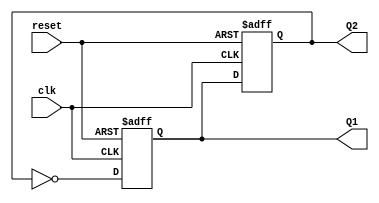
module dual_stage_johnson_counter (
    input wire clk,          // Clock input
    input wire reset,        // Asynchronous reset input
    output reg Q1,          // Output of the first flip-flop
    output reg Q2           // Output of the second flip-flop
);

// Always block triggered on the rising edge of the clock or the reset signal
always @(posedge clk or posedge reset) begin
    if (reset) begin
        // Asynchronous reset to 00
        Q1 <= 1'b0;
        Q2 <= 1'b0;
    end else begin
        // Johnson counter logic
        Q1 <= ~Q2;  // Inverted output of FF2 fed to FF1
        Q2 <= Q1;   // Current state of FF1 fed to FF2
    end
end

endmodule